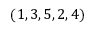
( 1 , 3 , 5 , 2 , 4 )